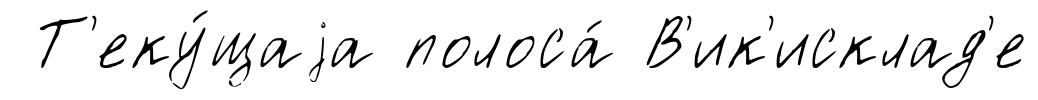
Т'еку́щаjа полоса́ В'ик'исклад'е